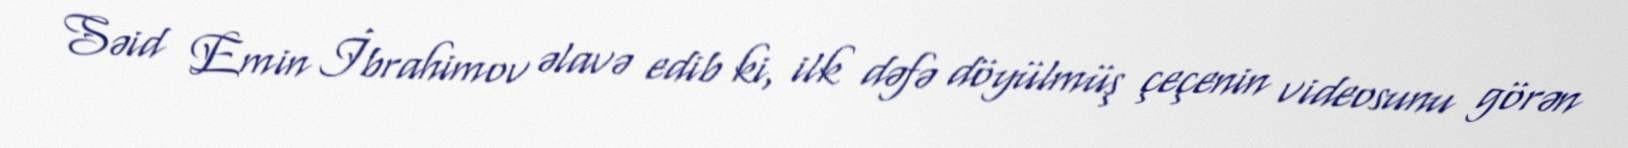
Səid Emin İbrahimov əlavə edib ki, ilk dəfə döyülmüş çeçenin videosunu görən